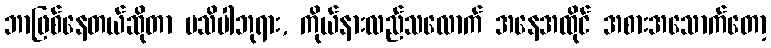
ဘာဖြစ်နေတယ်ဆိုတာ မသိပါဘုရား, ကိုယ်နားလည်သလောက် အနေအထိုင် အစားအသောက်တော့